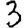
Digit: 3